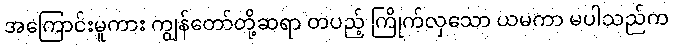
အကြောင်းမူကား ကျွန်တော်တို့ဆရာ တပည့် ကြိုက်လှသော ယမကာ မပါသည်က